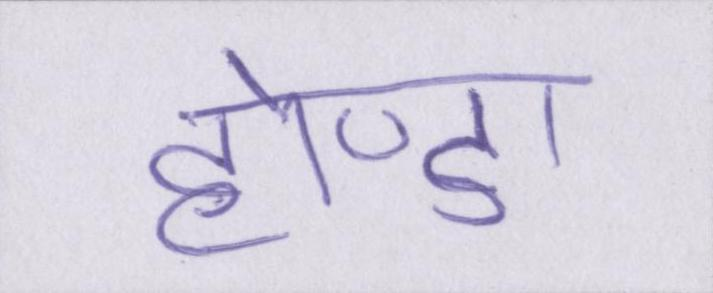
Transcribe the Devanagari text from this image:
होण्डा